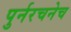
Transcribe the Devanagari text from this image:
पुर्नरचनेच